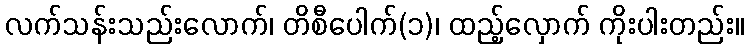
လက်သန်းသည်းလောက်၊ တိစီပေါက်(၁)၊ ထည့်လှောက် ကိုးပါးတည်း။